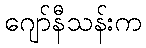
ဂျော်နီသန်းက